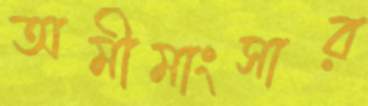
অমীমাংসার